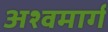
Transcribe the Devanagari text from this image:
अश्वमार्ग